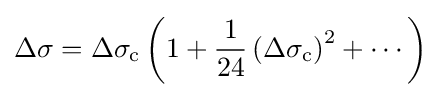
\Delta \sigma =\Delta \sigma _{\text{c}}\left(1+{\frac {1}{24}}\left(\Delta \sigma _{\text{c}}\right)^{2}+\cdots \right)